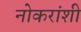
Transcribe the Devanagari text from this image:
नोकरांशी